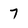
Character: 7